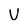
Character: V